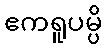
ဧကရူပမ္ပိ